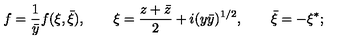
f = \frac { 1 } { \bar { y } } f ( \xi , \bar { \xi } ) , \qquad \xi = \frac { z + \bar { z } } { 2 } + i ( y \bar { y } ) ^ { 1 / 2 } , \qquad \bar { \xi } = - \xi ^ { * } ;